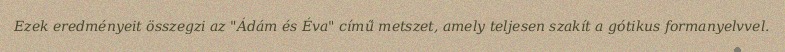
Ezek eredményeit összegzi az "Ádám és Éva" című metszet, amely teljesen szakít a gótikus formanyelvvel.